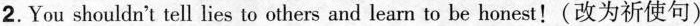
2.You shouldn't tell lies to others and learn to be honest!(改为祈使句)